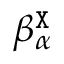
{ \beta } _ { \alpha } ^ { { \tt X } }